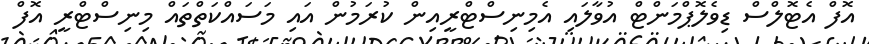
އޮފް އެޓޮލްސް ޑިވެލޮޕްމަންޓް އުވާލައި އެމިނިސްޓްރީއިން ކުރަމުން އައި މަސައްކަތްތައް މިނިސްޓްރީ އޮފް